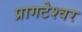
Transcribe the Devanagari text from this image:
प्रागटेश्वर